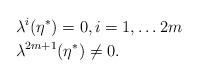
LaTeX: \begin{align*}& \lambda^i(\eta^*) = 0, i = 1,\ldots 2 m\\& \lambda^{2 m +1} (\eta^*) \ne 0.\end{align*}